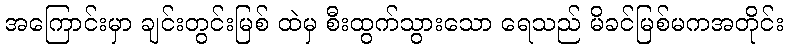
အကြောင်းမှာ ချင်းတွင်းမြစ် ထဲမှ စီးထွက်သွားသော ရေသည် မိခင်မြစ်မကအတိုင်း